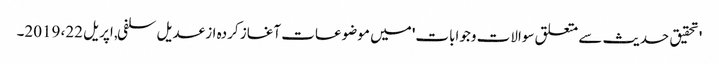
'تحقیق حدیث سے متعلق سوالات وجوابات' میں موضوعات آغاز کردہ از عدیل سلفی, ‏اپریل 22، 2019۔